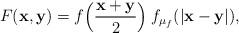
LaTeX: \begin{align*}F({\bf x,y})=f\Bigl(\frac{\bf x+y}{2}\Bigr)\:f_{\mu_{f}}(|{\bf x-y}|),\end{align*}